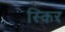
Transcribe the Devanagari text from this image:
स्किर